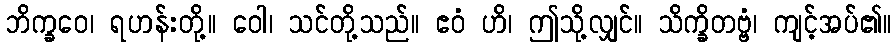
ဘိက္ခဝေ၊ ရဟန်းတို့။ ဝေါ၊ သင်တို့သည်။ ဧဝံ ဟိ၊ ဤသို့လျှင်။ သိက္ခိတဗ္ဗံ၊ ကျင့်အပ်၏။